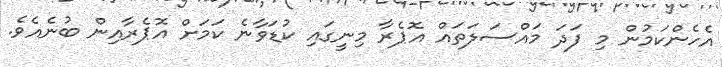
އެހެންކަމުން މި ފަދަ މައްސަލަތައް އޮޕެރާ މިނީގައި ކުޑަވާނެ ކަމަށް އޮޕެރާއިން ބުނެއެވެ.